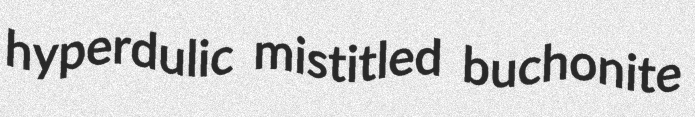
hyperdulic mistitled buchonite